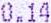
0.14